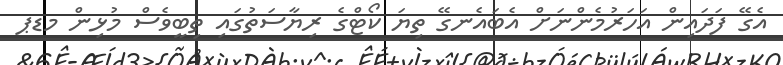
އެގޭ ފަދައިން އަހަރުމެންނަށް އެބައެނގޭ ތިޔަ ކޯޓްގެ ރިޔާސަތުގައި ތިބީވެސް މުޅިން މޑޕ